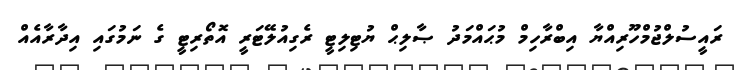
ރައީސުލްޖުމްހޫރިއްޔާ އިބްރާހިމް މުޙައްމަދު ޞާލިޙް ޔުޓިލިޓީ ރެގިއުލޭޓަރީ އޮތޯރިޓީ ގެ ނަމުގައި އިދާރާއެއް